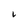
Character: i